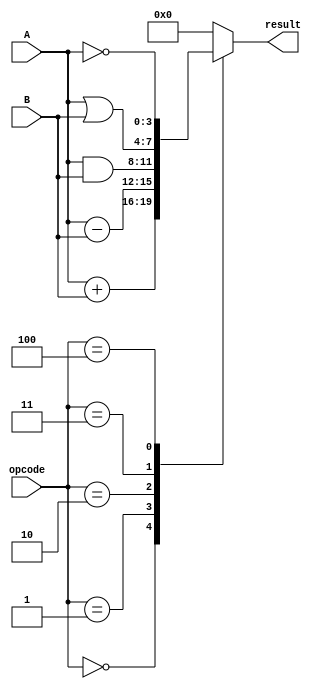
module calculator(input [3:0] A, input [3:0] B, input [2:0] opcode, output reg [3:0] result);

    always @*
    begin
        case(opcode)
            3'b000: result = A + B; // Addition
            3'b001: result = A - B; // Subtraction
            3'b010: result = A & B; // Bitwise AND
            3'b011: result = A | B; // Bitwise OR
            3'b100: result = ~A;    // Bitwise NOT
            default: result = 4'b0;  // Default value
        endcase
    end

endmodule